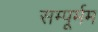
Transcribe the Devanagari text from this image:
सम्पूर्मम